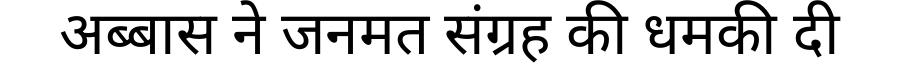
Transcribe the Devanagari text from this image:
अब्बास ने जनमत संग्रह की धमकी दी